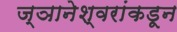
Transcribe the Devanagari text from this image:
ज्ञानेश्वरांकडून